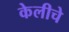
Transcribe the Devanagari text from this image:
केलीचे